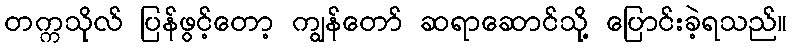
တက္ကသိုလ် ပြန်ဖွင့်တော့ ကျွန်တော် ဆရာဆောင်သို့ ပြောင်းခဲ့ရသည်။